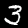
Label: 3